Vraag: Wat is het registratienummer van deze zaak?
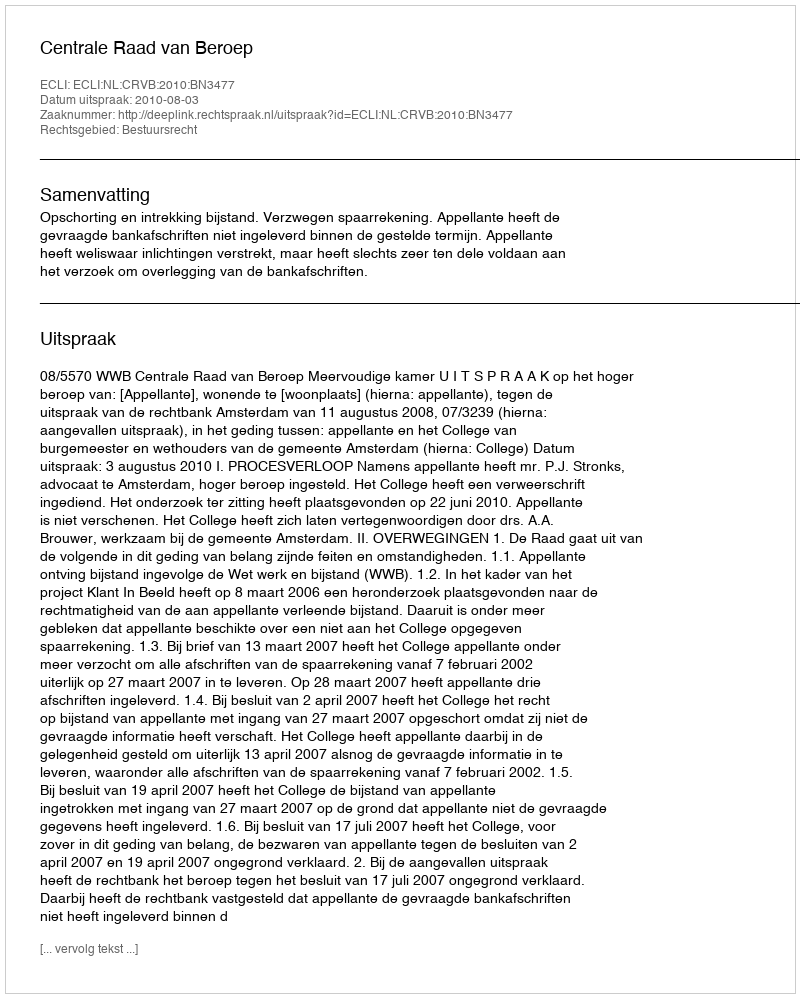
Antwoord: http://deeplink.rechtspraak.nl/uitspraak?id=ECLI:NL:CRVB:2010:BN3477